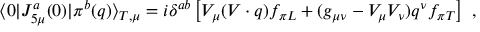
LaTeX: \langle 0 \vert J _ { 5 \mu } ^ { a } ( 0 ) \vert \pi ^ { b } ( q ) \rangle _ { T , \mu } = i \delta ^ { a b } \left[ V _ { \mu } ( V \cdot q ) f _ { \pi L } + ( g _ { \mu \nu } - V _ { \mu } V _ { \nu } ) q ^ { \nu } f _ { \pi T } \right] \ ,